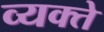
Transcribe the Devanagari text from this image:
व्यक्ते